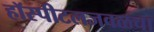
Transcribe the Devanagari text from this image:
हॉस्पीटलजवळचा